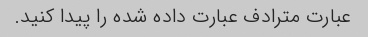
عبارت مترادف عبارت داده شده را پیدا کنید.